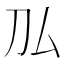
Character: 𠚦